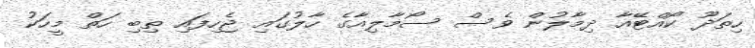
ހިތަދޫ ކޯއްޓޭއާ ދިމާލުން ވެސް ސޯމާލިއާގެ ހާލުގައި ޖެހިފައި ތިބި ހަތް މީހަކު